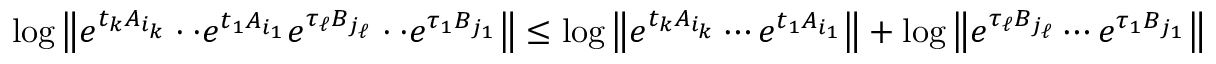
\log \left\| e ^ { t _ { k } A _ { i _ { k } } } \cdot \cdot e ^ { t _ { 1 } A _ { i _ { 1 } } } e ^ { \tau _ { \ell } B _ { j _ { \ell } } } \cdot \cdot e ^ { \tau _ { 1 } B _ { j _ { 1 } } } \right\| \leq \log \left\| e ^ { t _ { k } A _ { i _ { k } } } \cdots e ^ { t _ { 1 } A _ { i _ { 1 } } } \right\| + \log \left\| e ^ { \tau _ { \ell } B _ { j _ { \ell } } } \cdots e ^ { \tau _ { 1 } B _ { j _ { 1 } } } \right\|